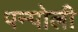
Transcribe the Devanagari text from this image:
पन्पोली